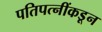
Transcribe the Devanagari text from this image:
पतिपत्नींकडून